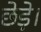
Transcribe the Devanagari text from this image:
छेड़े।